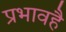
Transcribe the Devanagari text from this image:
प्रभावहै